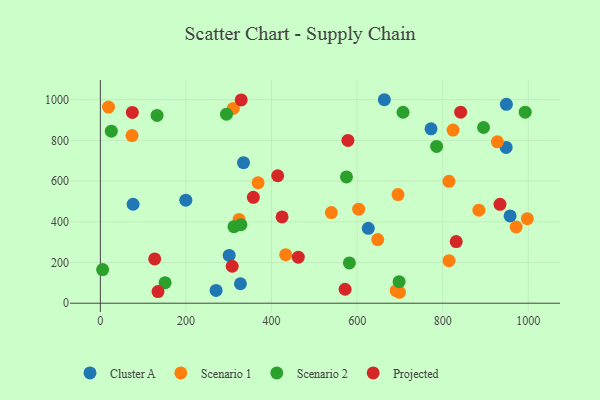
{"axis": {"x": "Experience", "y": "Fuel Efficiency"}, "legend": ["Cluster A", "Projected", "Scenario 1", "Scenario 2"], "data": [{"x": "301.0", "y": 234.7, "type": "Cluster A"}, {"x": "948.2", "y": 765.2, "type": "Cluster A"}, {"x": "270.4", "y": 62.7, "type": "Cluster A"}, {"x": "76.5", "y": 486.1, "type": "Cluster A"}, {"x": "948.8", "y": 977.1, "type": "Cluster A"}, {"x": "957.4", "y": 429.0, "type": "Cluster A"}, {"x": "199.7", "y": 506.2, "type": "Cluster A"}, {"x": "626.1", "y": 367.8, "type": "Cluster A"}, {"x": "327.3", "y": 95.5, "type": "Cluster A"}, {"x": "772.7", "y": 856.9, "type": "Cluster A"}, {"x": "663.6", "y": 999.7, "type": "Cluster A"}, {"x": "334.5", "y": 690.3, "type": "Cluster A"}, {"x": "74.0", "y": 823.5, "type": "Scenario 1"}, {"x": "648.1", "y": 312.8, "type": "Scenario 1"}, {"x": "324.1", "y": 411.6, "type": "Scenario 1"}, {"x": "824.2", "y": 850.5, "type": "Scenario 1"}, {"x": "884.5", "y": 457.0, "type": "Scenario 1"}, {"x": "814.5", "y": 598.8, "type": "Scenario 1"}, {"x": "19.1", "y": 963.6, "type": "Scenario 1"}, {"x": "814.7", "y": 208.8, "type": "Scenario 1"}, {"x": "997.8", "y": 415.1, "type": "Scenario 1"}, {"x": "691.1", "y": 61.5, "type": "Scenario 1"}, {"x": "539.8", "y": 445.3, "type": "Scenario 1"}, {"x": "699.0", "y": 53.7, "type": "Scenario 1"}, {"x": "368.5", "y": 591.9, "type": "Scenario 1"}, {"x": "971.6", "y": 374.3, "type": "Scenario 1"}, {"x": "310.7", "y": 957.0, "type": "Scenario 1"}, {"x": "695.5", "y": 533.5, "type": "Scenario 1"}, {"x": "603.6", "y": 461.8, "type": "Scenario 1"}, {"x": "927.7", "y": 792.7, "type": "Scenario 1"}, {"x": "433.1", "y": 238.4, "type": "Scenario 1"}, {"x": "25.6", "y": 845.4, "type": "Scenario 2"}, {"x": "895.4", "y": 863.3, "type": "Scenario 2"}, {"x": "151.3", "y": 101.0, "type": "Scenario 2"}, {"x": "785.7", "y": 770.5, "type": "Scenario 2"}, {"x": "312.2", "y": 376.2, "type": "Scenario 2"}, {"x": "707.3", "y": 938.1, "type": "Scenario 2"}, {"x": "992.7", "y": 938.7, "type": "Scenario 2"}, {"x": "328.4", "y": 385.7, "type": "Scenario 2"}, {"x": "132.5", "y": 922.5, "type": "Scenario 2"}, {"x": "575.1", "y": 620.3, "type": "Scenario 2"}, {"x": "5.3", "y": 165.2, "type": "Scenario 2"}, {"x": "698.1", "y": 105.7, "type": "Scenario 2"}, {"x": "581.9", "y": 197.9, "type": "Scenario 2"}, {"x": "294.7", "y": 928.8, "type": "Scenario 2"}, {"x": "74.7", "y": 937.3, "type": "Projected"}, {"x": "841.9", "y": 938.6, "type": "Projected"}, {"x": "578.5", "y": 799.7, "type": "Projected"}, {"x": "329.1", "y": 998.8, "type": "Projected"}, {"x": "462.5", "y": 226.0, "type": "Projected"}, {"x": "308.0", "y": 181.6, "type": "Projected"}, {"x": "134.7", "y": 57.0, "type": "Projected"}, {"x": "571.9", "y": 68.6, "type": "Projected"}, {"x": "414.4", "y": 626.1, "type": "Projected"}, {"x": "933.8", "y": 485.8, "type": "Projected"}, {"x": "357.5", "y": 520.4, "type": "Projected"}, {"x": "127.0", "y": 217.7, "type": "Projected"}, {"x": "831.5", "y": 302.8, "type": "Projected"}, {"x": "424.6", "y": 423.7, "type": "Projected"}]}